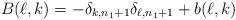
LaTeX: \begin{align*}B(\ell,k)=-\delta_{k,n_1+1}\delta_{\ell,n_1+1}+b(\ell,k)\end{align*}